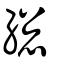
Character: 総